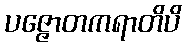
ပဇ္ဇောတကရာတိပိ